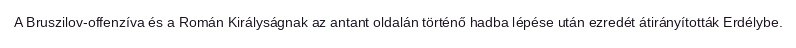
A Bruszilov-offenzíva és a Román Királyságnak az antant oldalán történő hadba lépése után ezredét átirányították Erdélybe.